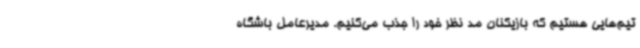
تیم‌هایی هستیم که بازیکنان مد نظر خود را جذب می‌کنیم. مدیرعامل باشگاه